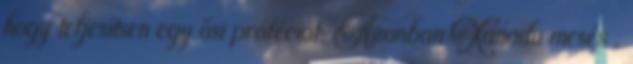
hogy teljesítsen egy ősi próféciát. Azonban Xanadu mesés .